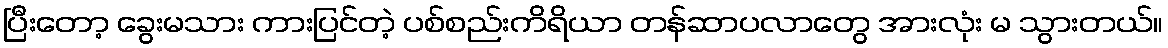
ပြီးတော့ ခွေးမသား ကားပြင်တဲ့ ပစ်စည်းကိရိယာ တန်ဆာပလာတွေ အားလုံး မ သွားတယ်။